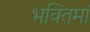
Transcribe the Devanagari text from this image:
भक्तिमां